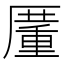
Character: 𠪵